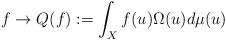
LaTeX: \begin{align*}f \rightarrow Q(f):=\int_{X} f(u)\Omega(u)d\mu(u)\end{align*}